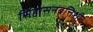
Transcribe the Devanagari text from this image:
सिंहासनबत्तिशी